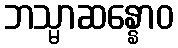
ဘသ္မာဆန္နောဝ